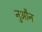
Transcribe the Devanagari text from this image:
नुऔन